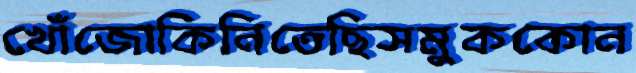
খোঁজোকিনিতেছিসমুককোন